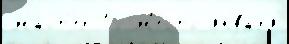
Ма́ст'ер 15 М'е́сто январ'я́